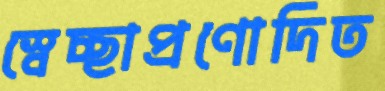
স্বেচ্ছাপ্রণোদিত